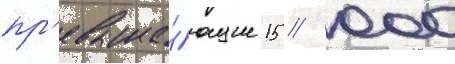
пр'евыша́ющие 15 / 000